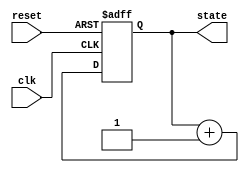
module DefaultStateInitialization (
    input wire clk,          // Clock signal
    input wire reset,        // Active-high reset signal
    output reg [7:0] state   // Example state output (8-bit register)
);

// Internal state registers
reg [7:0] state_reg;

// Initialization process
always @(posedge clk or posedge reset) begin
    if (reset) begin
        // State assignment upon reset
        state_reg <= 8'b00000000; // Default state value (e.g., zero)
    end else begin
        // Normal operation logic (to be defined)
        // For example, incrementing the state register
        state_reg <= state_reg + 1; // Example operation
    end
end

// Assign the internal state register to the output
assign state = state_reg;

endmodule